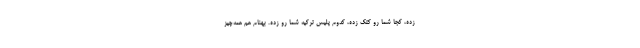
زده، كجا شما رو كتك زده، كدوم پليس تركيه شما رو زده. بهنام هم همه‌چيز